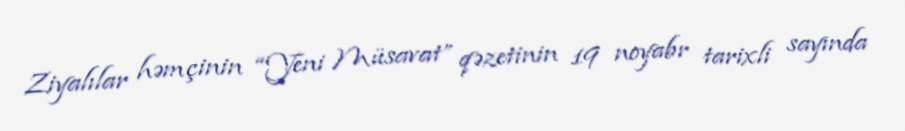
Ziyalılar həmçinin “Yeni Müsavat” qəzetinin 19 noyabr tarixli sayında